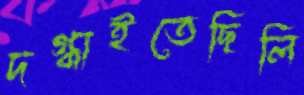
দগ্ধাইতেছিলি